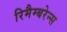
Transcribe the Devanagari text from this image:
रिमैम्बरेन्स